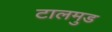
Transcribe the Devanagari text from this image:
टालमुड